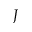
J